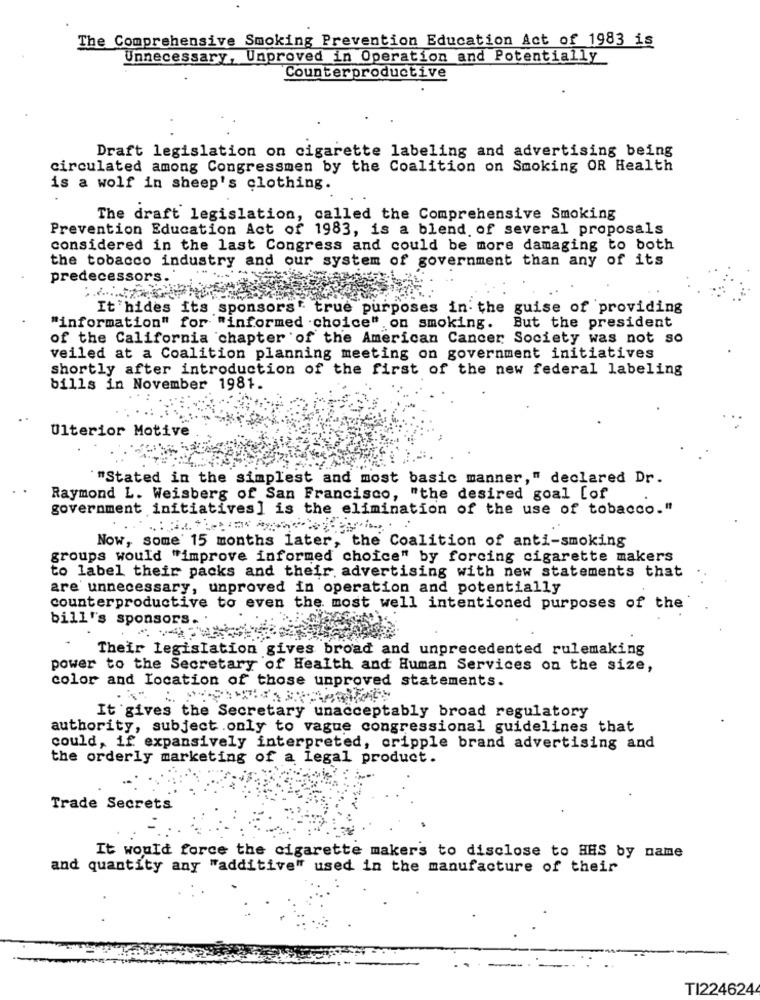
The Comprehensive Smoking Prevention Education Act of 1983 is
Unnecessary, Unproved in Operation and Potentially
Counterproductive
Draft legislation on cigarette labeling and advertising being
circulated among Congressmen by the Coalition on Smoking OR Health
is a wolf in sheep's clothing.
The draft legislation, called the Comprehensive Smoking
Prevention Education Act of 1983, is a blend of several proposals
considered in the last Congress and could be more damaging to both
the tobacco industry and our system of government than any of its
predecessors.
It'hides its sponsors" true purposes in the guise of providing
"information" for "informed choice" on smoking. But the president
of the California chapter of the American Cancer Society was not so
veiled at a Coalition planning meeting on government initiatives
shortly after introduction of the first of the new federal labeling
bills in November 1981.
Ulterior Motive
"Stated in the simplest and most basic manner," declared Dr.
Raymond L. Weisberg of San Francisco, "the desired goal [of
government initiatives] is the elimination of the use of tobacco."
Now, some 15 months later, the Coalition of anti-smoking
groups would "improve informed choice" by forcing cigarette makers
to label their packs and their advertising with new statements that
are unnecessary, unproved in operation and potentially
counterproductive to even the most well intentioned purposes of the
bill's sponsors ..
Their legislation gives broad and unprecedented rulemaking
power to the Secretary of Health and Human Services on the size,
color and Location of those unproved statements.
It gives the Secretary unacceptably broad regulatory
authority, subject.only to vague congressional guidelines that
could, if expansively interpreted, cripple brand advertising and
the orderly marketing of a Legal product.
Trade Secrets
It would force the cigarette makers to disclose to HHS by name
and quantity any "additive" used in the manufacture of their
TI224624